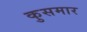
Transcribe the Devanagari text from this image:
कुसमार